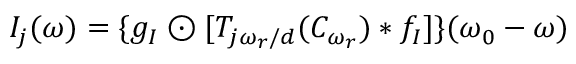
I _ { j } ( \omega ) = \{ g _ { I } \odot [ T _ { j \omega _ { r } / d } ( C _ { \omega _ { r } } ) * f _ { I } ] \} ( \omega _ { 0 } - \omega )